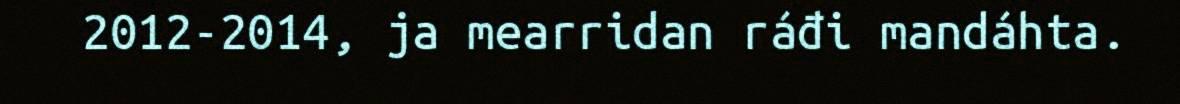
2012-2014, ja mearridan ráđi mandáhta.